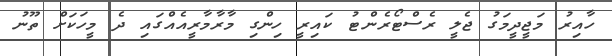
ހާއިރު މަޖީދީމަގު ޖެލީ ރެސްޓޯރެންޓު ކައިރީ ހިންގި މާރާމާރީއެއްގައި ދެ މީހަކަށް ތޫނު